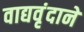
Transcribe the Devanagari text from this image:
वाद्यवृंदाने